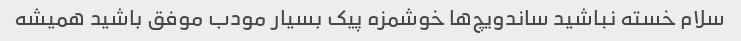
سلام خسته نباشید ساندویچ‌ها خوشمزه پیک بسیار مودب موفق باشید همیشه